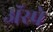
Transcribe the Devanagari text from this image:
ॲस्प्रे